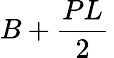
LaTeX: B+{\frac{PL}{2}}\,